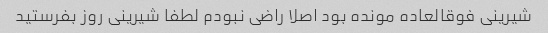
شیرینی فوقالعاده مونده بود اصلا راضی نبودم لطفا شیرینی روز بفرستید